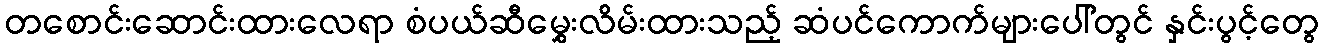
တစောင်းဆောင်းထားလေရာ စံပယ်ဆီမွှေးလိမ်းထားသည့် ဆံပင်ကောက်များပေါ်တွင် နှင်းပွင့်တွေ